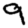
Digit: 9